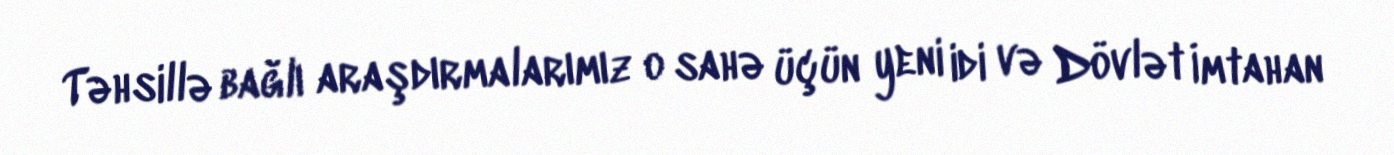
Təhsillə bağlı araşdırmalarımız o sahə üçün yeni idi və Dövlət İmtahan